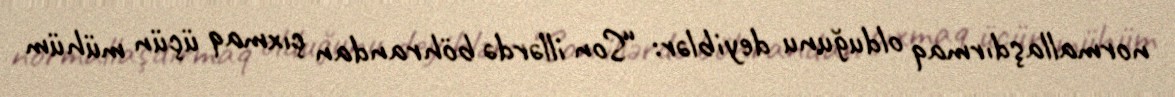
normallaşdırmaq olduğunu deyiblər: “Son illərdə böhrandan çıxmaq üçün mühüm